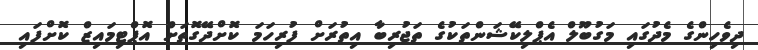
ދިވެހިންގެ މެދުގައި މަގުބޫލް އެޕްލިކޭޝަންތަކުގެ ތަޖުރިބާ އިތުރަށް ފުރިހަމަ ކޮށްދޭގޮތަށް އޮޕްޓިމައިޒް ކޮށްފައި